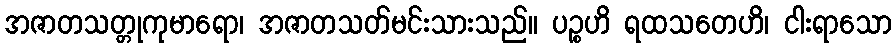
အဇာတသတ္တုကုမာရော၊ အဇာတသတ်မင်းသားသည်။ ပဉ္စဟိ ရထသတေဟိ၊ ငါးရာသော